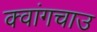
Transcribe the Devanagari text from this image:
क्वांगचाउ